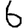
Digit: 6